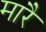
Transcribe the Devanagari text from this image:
मारै